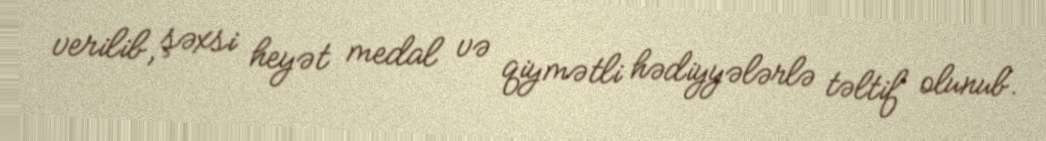
verilib, şəxsi heyət medal və qiymətli hədiyyələrlə təltif olunub.